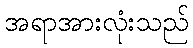
အရာအားလုံးသည်